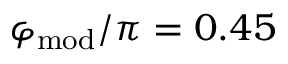
\varphi _ { \mathrm { m o d } } / \pi = 0 . 4 5